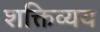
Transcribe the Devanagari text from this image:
शक्तिव्यय